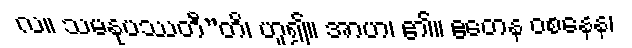
လ။ သမနုပဿတီ”တိ၊ ဟူ၍။ အာဟ၊ ၏။ ဧတေန ဝစနေန၊